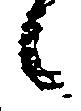
候